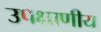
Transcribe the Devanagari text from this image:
उपेक्षाणीय